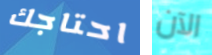
احتاجك الآن